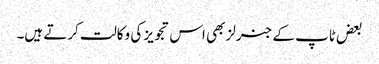
بعض ٹاپ کے جنرلز بھی اس تجویز کی وکالت کرتے ہیں۔